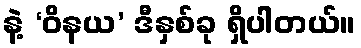
နဲ့ ‘ဝိနယ’ ဒီနှစ်ခု ရှိပါတယ်။